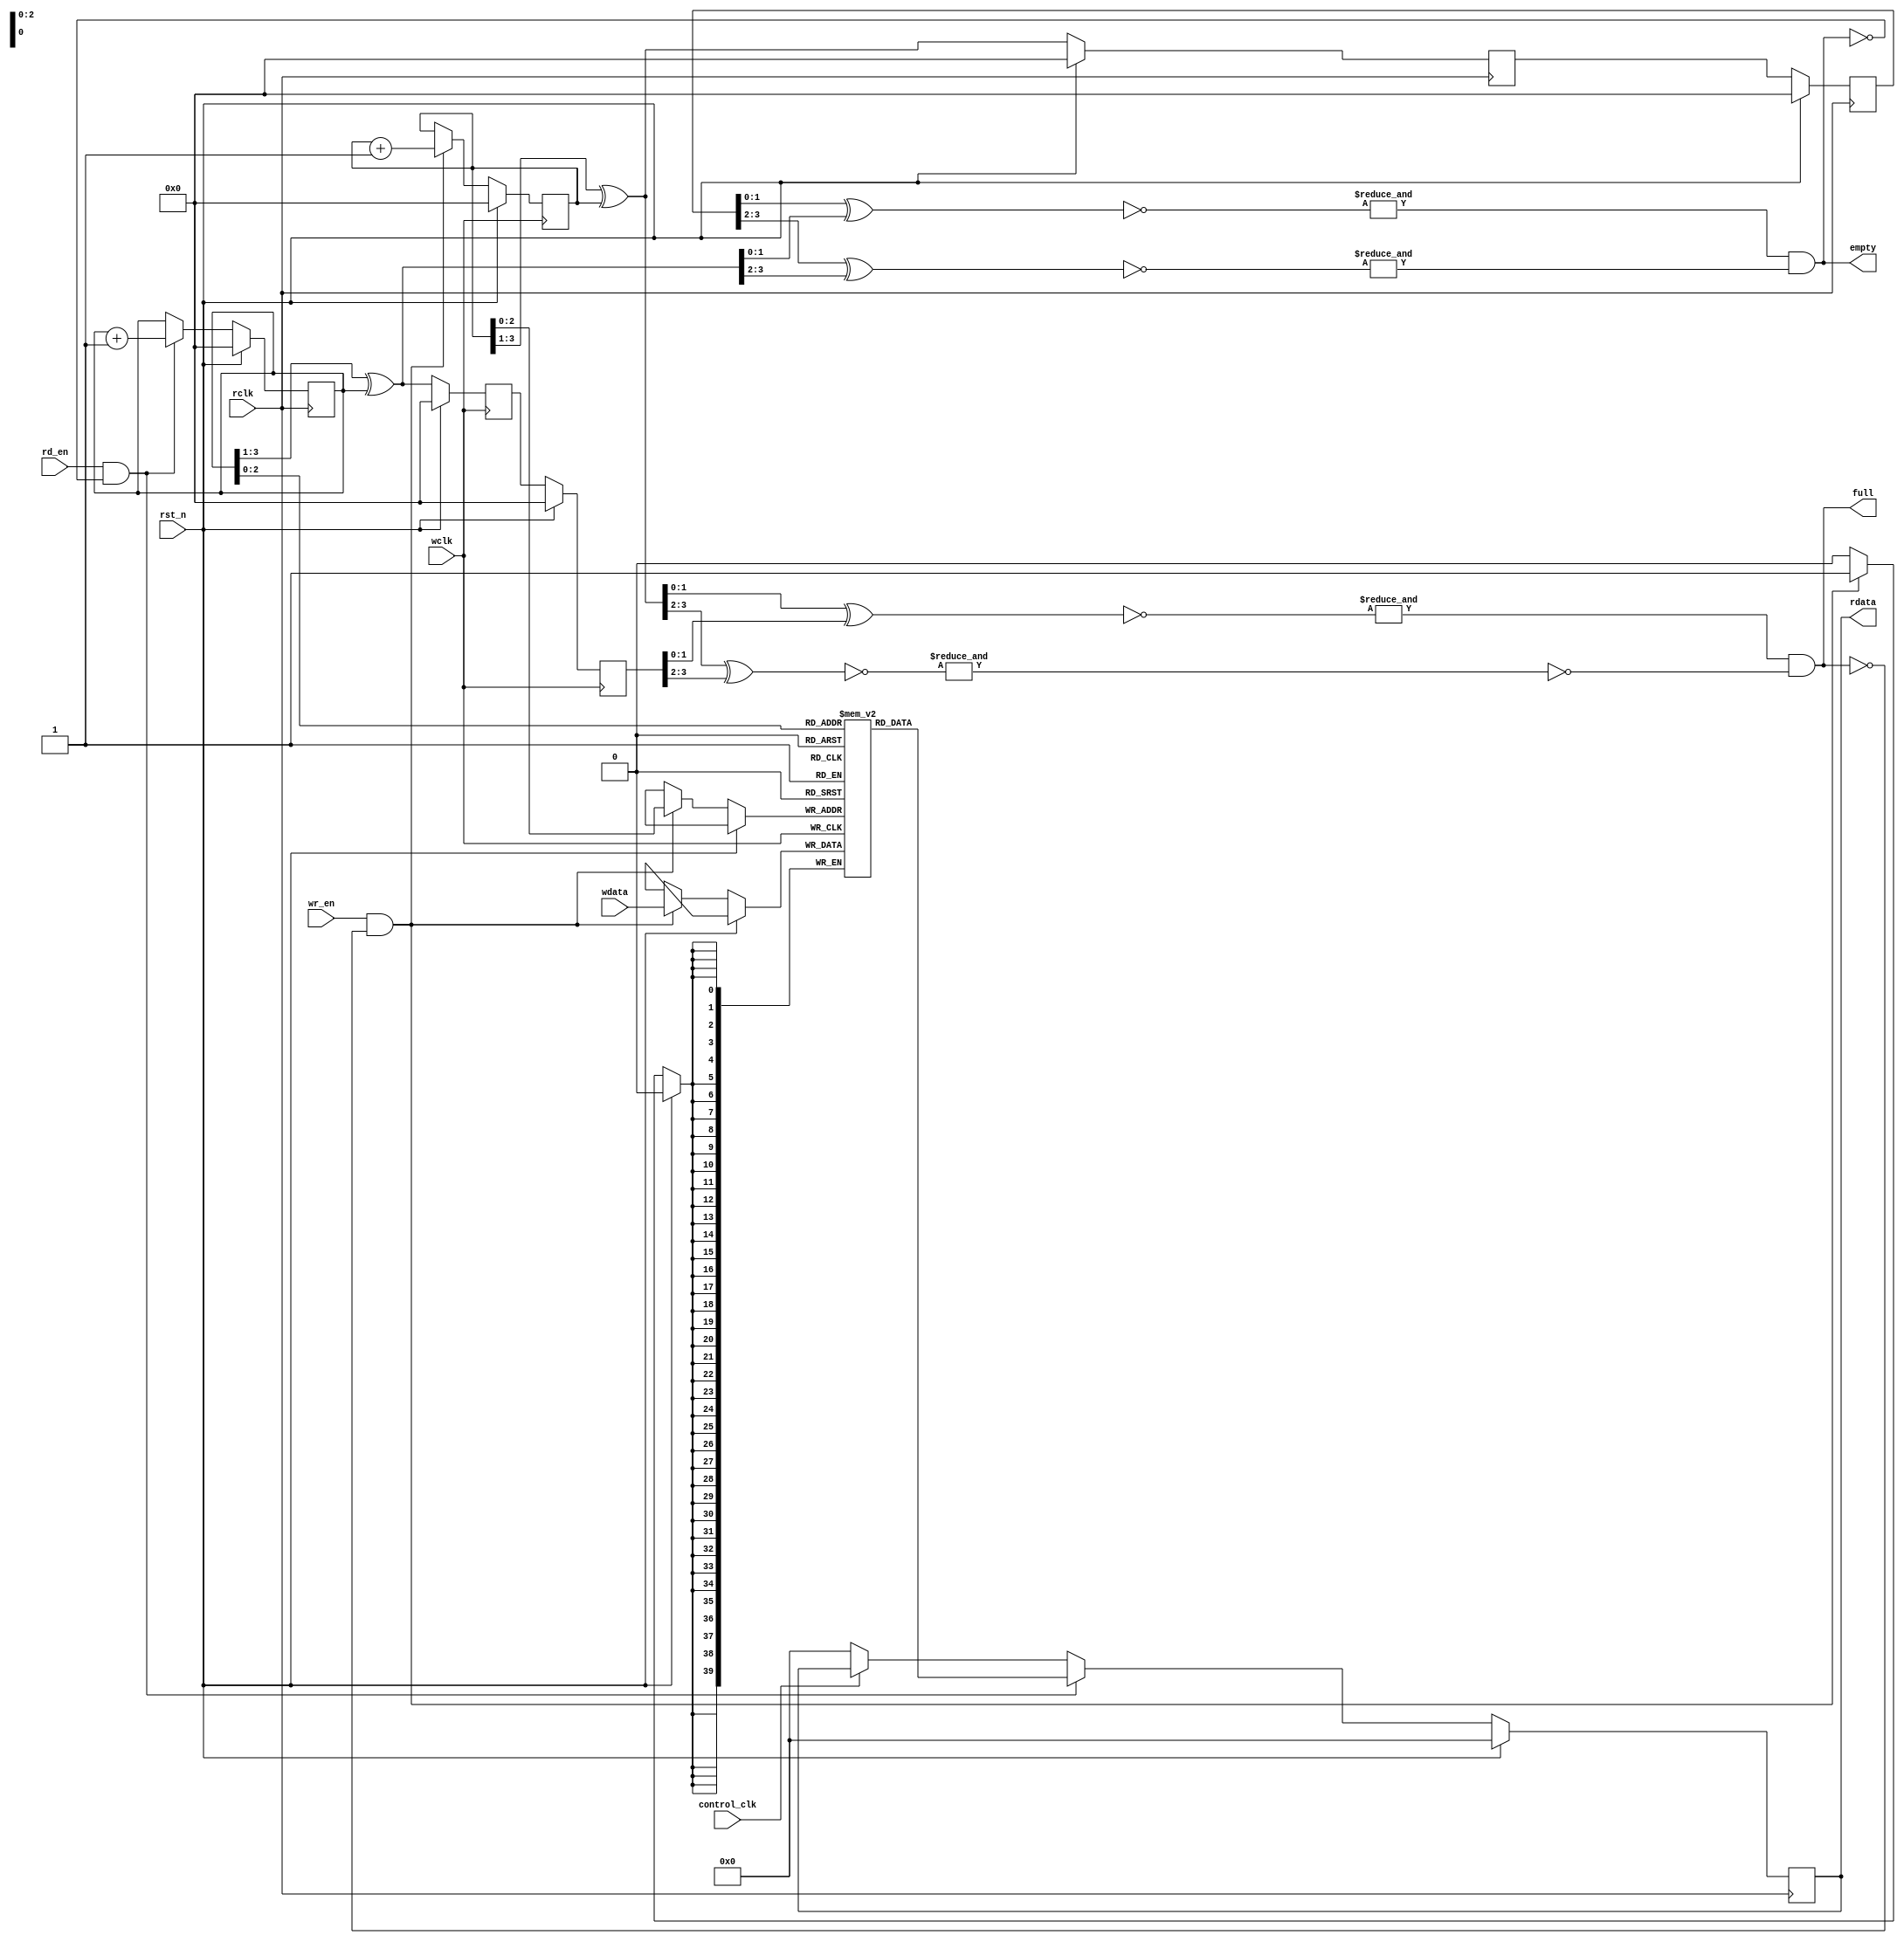
 //readme
//this is an Asynchronous FIFO 
//Capacity of up to 8

//posedge clk and rst_n
//wa :addresswidth for data 
//wd :datawidth
//wclk :writeclock
//rclk :readclock
//full //empty

//released:03/16/2022

module fifo_asy  #(
    parameter wa = 3,
    parameter wd = 40)
(
    input rst_n,
    input wclk,
    input wr_en,
    input [wd-1:0] wdata,
    output full,
    input rd_en,
    input rclk,
    output reg [wd-1:0]  rdata,
    output empty,
	input control_clk
);
//syn [wa-1:0] raddr &  [wa-1:0] raddr 
    reg [wa:0] raddr; 
    reg [wa:0] waddr;

//gray    
    wire [wa:0] gray_waddr = (waddr>>1)^waddr;
    wire [wa:0] gray_raddr = (raddr>>1)^raddr;

// full rclk->wclk 
    reg [wa:0] gray_raddr_r1,gray_raddr_r2;
    always @(posedge wclk) begin
        if(rst_n)begin
            gray_raddr_r1 <= {wa{1'b0}};
            gray_raddr_r2 <= {wa{1'b0}};
        end else begin
            gray_raddr_r1 <= gray_raddr;
            gray_raddr_r2 <= gray_raddr_r1;
        end
    end

    wire full_con1 =  &(~(gray_waddr[wa-2:0]^gray_raddr_r2[wa-2:0]));
    wire full_con2 =  &(~(gray_waddr[wa:wa-1]^gray_raddr_r2[wa:wa-1]));
    assign full = full_con1&~full_con2;

// empty wclk->rclk 
    reg [wa:0] gray_waddr_r1,gray_waddr_r2;
    always @(posedge rclk) begin
        if(rst_n)begin
            gray_waddr_r1 <= {wa{1'b0}};
            gray_waddr_r2 <= {wa{1'b0}};
        end else begin
            gray_waddr_r1 <= gray_waddr;
            gray_waddr_r2 <= gray_waddr_r1;
        end
    end
    wire empty_con1 =  &(~(gray_waddr_r2[wa-2:0]^gray_raddr[wa-2:0]));
    wire empty_con2 =  &(~(gray_waddr_r2[wa:wa-1]^gray_raddr[wa:wa-1]));
    assign empty = empty_con1&empty_con2;

    parameter deep  = (1<<wa)-1;
    reg [wd-1:0] fifo_mem[deep:0] ;

    always @(posedge wclk) begin
        if(rst_n)
            waddr <= {wa{1'b0}};
        else if(wr_en&&!full) begin
            fifo_mem[waddr[wa-1:0]] <= wdata;
            waddr                   <= waddr + 1'b1;
        end
    end

   // assign  rdata = (!empty&&rd_en)?fifo_mem[raddr[wa-1:0]]:{wd{1'b0}};

    always @(posedge rclk) 
	begin
        if(rst_n)
			begin
				raddr <= {wa{1'b0}};
				rdata <= {wd{1'b0}};
			end 
		else
			begin
				if(rd_en&&!empty) 
					begin
						raddr <= raddr + 1'b1;
						rdata <= fifo_mem[raddr[wa-1:0]];
					end 
				else 
					begin
						if(!control_clk)
							rdata         <= {wd{1'b0}};
					end
			end
    end
endmodule